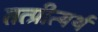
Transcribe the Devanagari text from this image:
तत्प्रीत्यर्थ